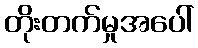
တိုးတက်မှုအပေါ်